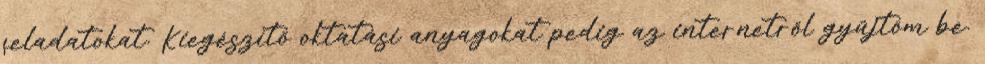
feladatokat. Kiegészítő oktatási anyagokat pedig az internetről gyűjtöm be.